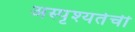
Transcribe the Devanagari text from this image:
अस्पृश्‍यतेची